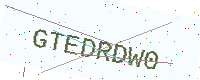
Text: GTEDRDW0